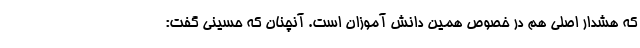
که هشدار اصلی هم در خصوص همین دانش آموزان است. آنچنان که حسینی گفت: